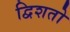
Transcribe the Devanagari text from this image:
द्विशतो